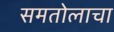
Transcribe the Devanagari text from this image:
समतोलाचा